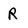
Character: R